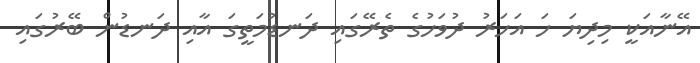
އޭނާއަކީ މިދިޔަ ހަ އަހަރު ދުވަހުގެ ތެރޭގައި ދަނޑުމަތީގަ އާއި ދަނޑުން ބޭރުގައި